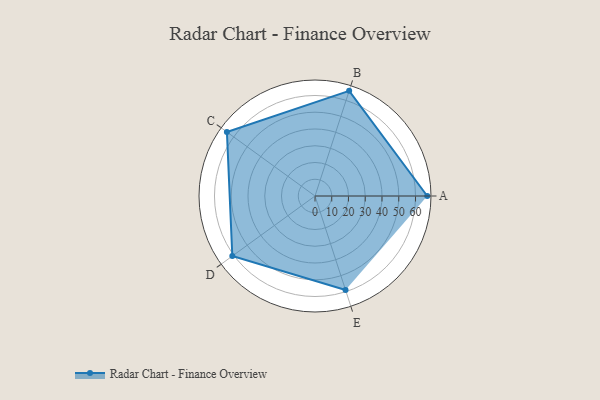
{"axis": {"x": "Skill", "y": "Score"}, "legend": ["Profile"], "data": [{"x": "A", "y": 67.0, "type": "Profile"}, {"x": "B", "y": 66.0, "type": "Profile"}, {"x": "C", "y": 65.0, "type": "Profile"}, {"x": "D", "y": 61.0, "type": "Profile"}, {"x": "E", "y": 59.0, "type": "Profile"}]}